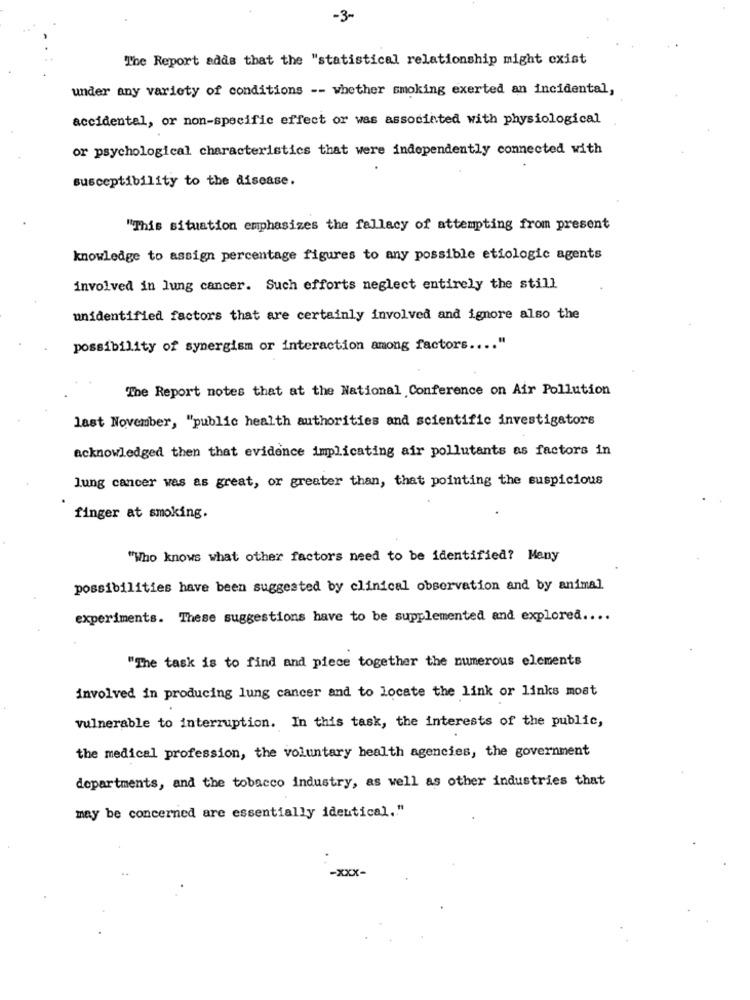
-3-
The Report adds that the "statistical relationship might cxist
under any variety of conditions -- whether smoking exerted an incidental,
accidental, or non-specific effect or was associated with physiological
or psychological characteristics that were independently connected with
susceptibility to the disease.
"This situation emphasizes the fallacy of attempting from present
knowledge to assign percentage figures to any possible etiologic agents
involved in lung cancer. Such efforts neglect entirely the still
unidentified factors that are certainly involved and ignore also the
possibility of synergism or interaction among factors ...
The Report notes that at the National Conference on Air Pollution
last November, "public health authorities and scientific investigators
acknowledged then that evidence implicating air pollutants as factors in
lung cancer was as great, or greater than, that pointing the suspicious
finger at smoking.
"Who knows what other factors need to be identified? Meny
possibilities have been suggested by clinical observation and by animal
experiments. These suggestions have to be supplemented and explorea ....
"The task is to find and piece together the numerous elements
involved in producing lung cancer and to locate the link or links most
vulnerable to interruption. In this task, the interests of the public,
the medical profession, the voluntary health agencies, the government
departments, and the tobacco industry, as well as other industries that
may be concerned are essentially identical. "
-xxx-